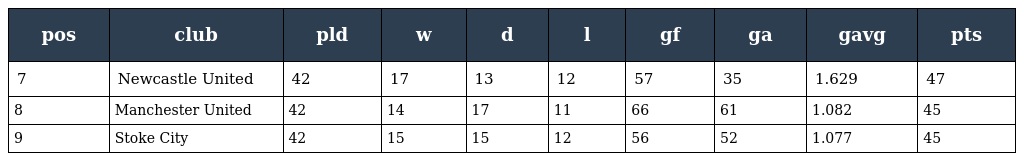
| pos | club | pld | w | d | l | gf | ga | gavg | pts |
 | --- | --- | --- | --- | --- | --- | --- | --- | --- | --- |
 | 7 | Newcastle United | 42 | 17 | 13 | 12 | 57 | 35 | 1.629 | 47 |
 | 8 | Manchester United | 42 | 14 | 17 | 11 | 66 | 61 | 1.082 | 45 |
 | 9 | Stoke City | 42 | 15 | 15 | 12 | 56 | 52 | 1.077 | 45 |